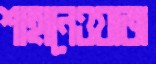
শাহানেওয়াজ